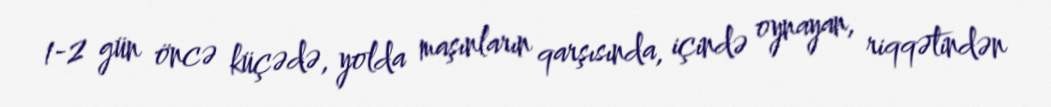
1-2 gün öncə küçədə, yolda maşınların qarşısında, içində oynayan, riqqətindən